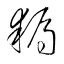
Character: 耨